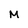
Character: M